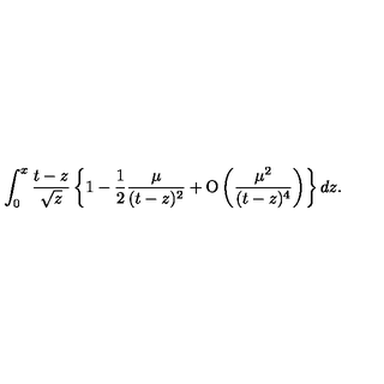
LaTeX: \int _ { 0 } ^ { x } { \frac { t - z } { \sqrt { z } } } \left\lbrace 1 - { \frac { 1 } { 2 } } { \frac { \mu } { ( t - z ) ^ { 2 } } } + \mathrm { O } \left( { \frac { \mu ^ { 2 } } { ( t - z ) ^ { 4 } } } \right) \right\rbrace d z .